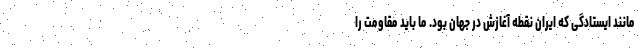
مانند ایستادگی‌ که ایران نقطه آغازش در جهان بود. ما باید مقاومت را